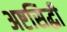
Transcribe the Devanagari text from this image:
अष्टसिद्धी